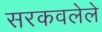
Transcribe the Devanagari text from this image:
सरकवलेले